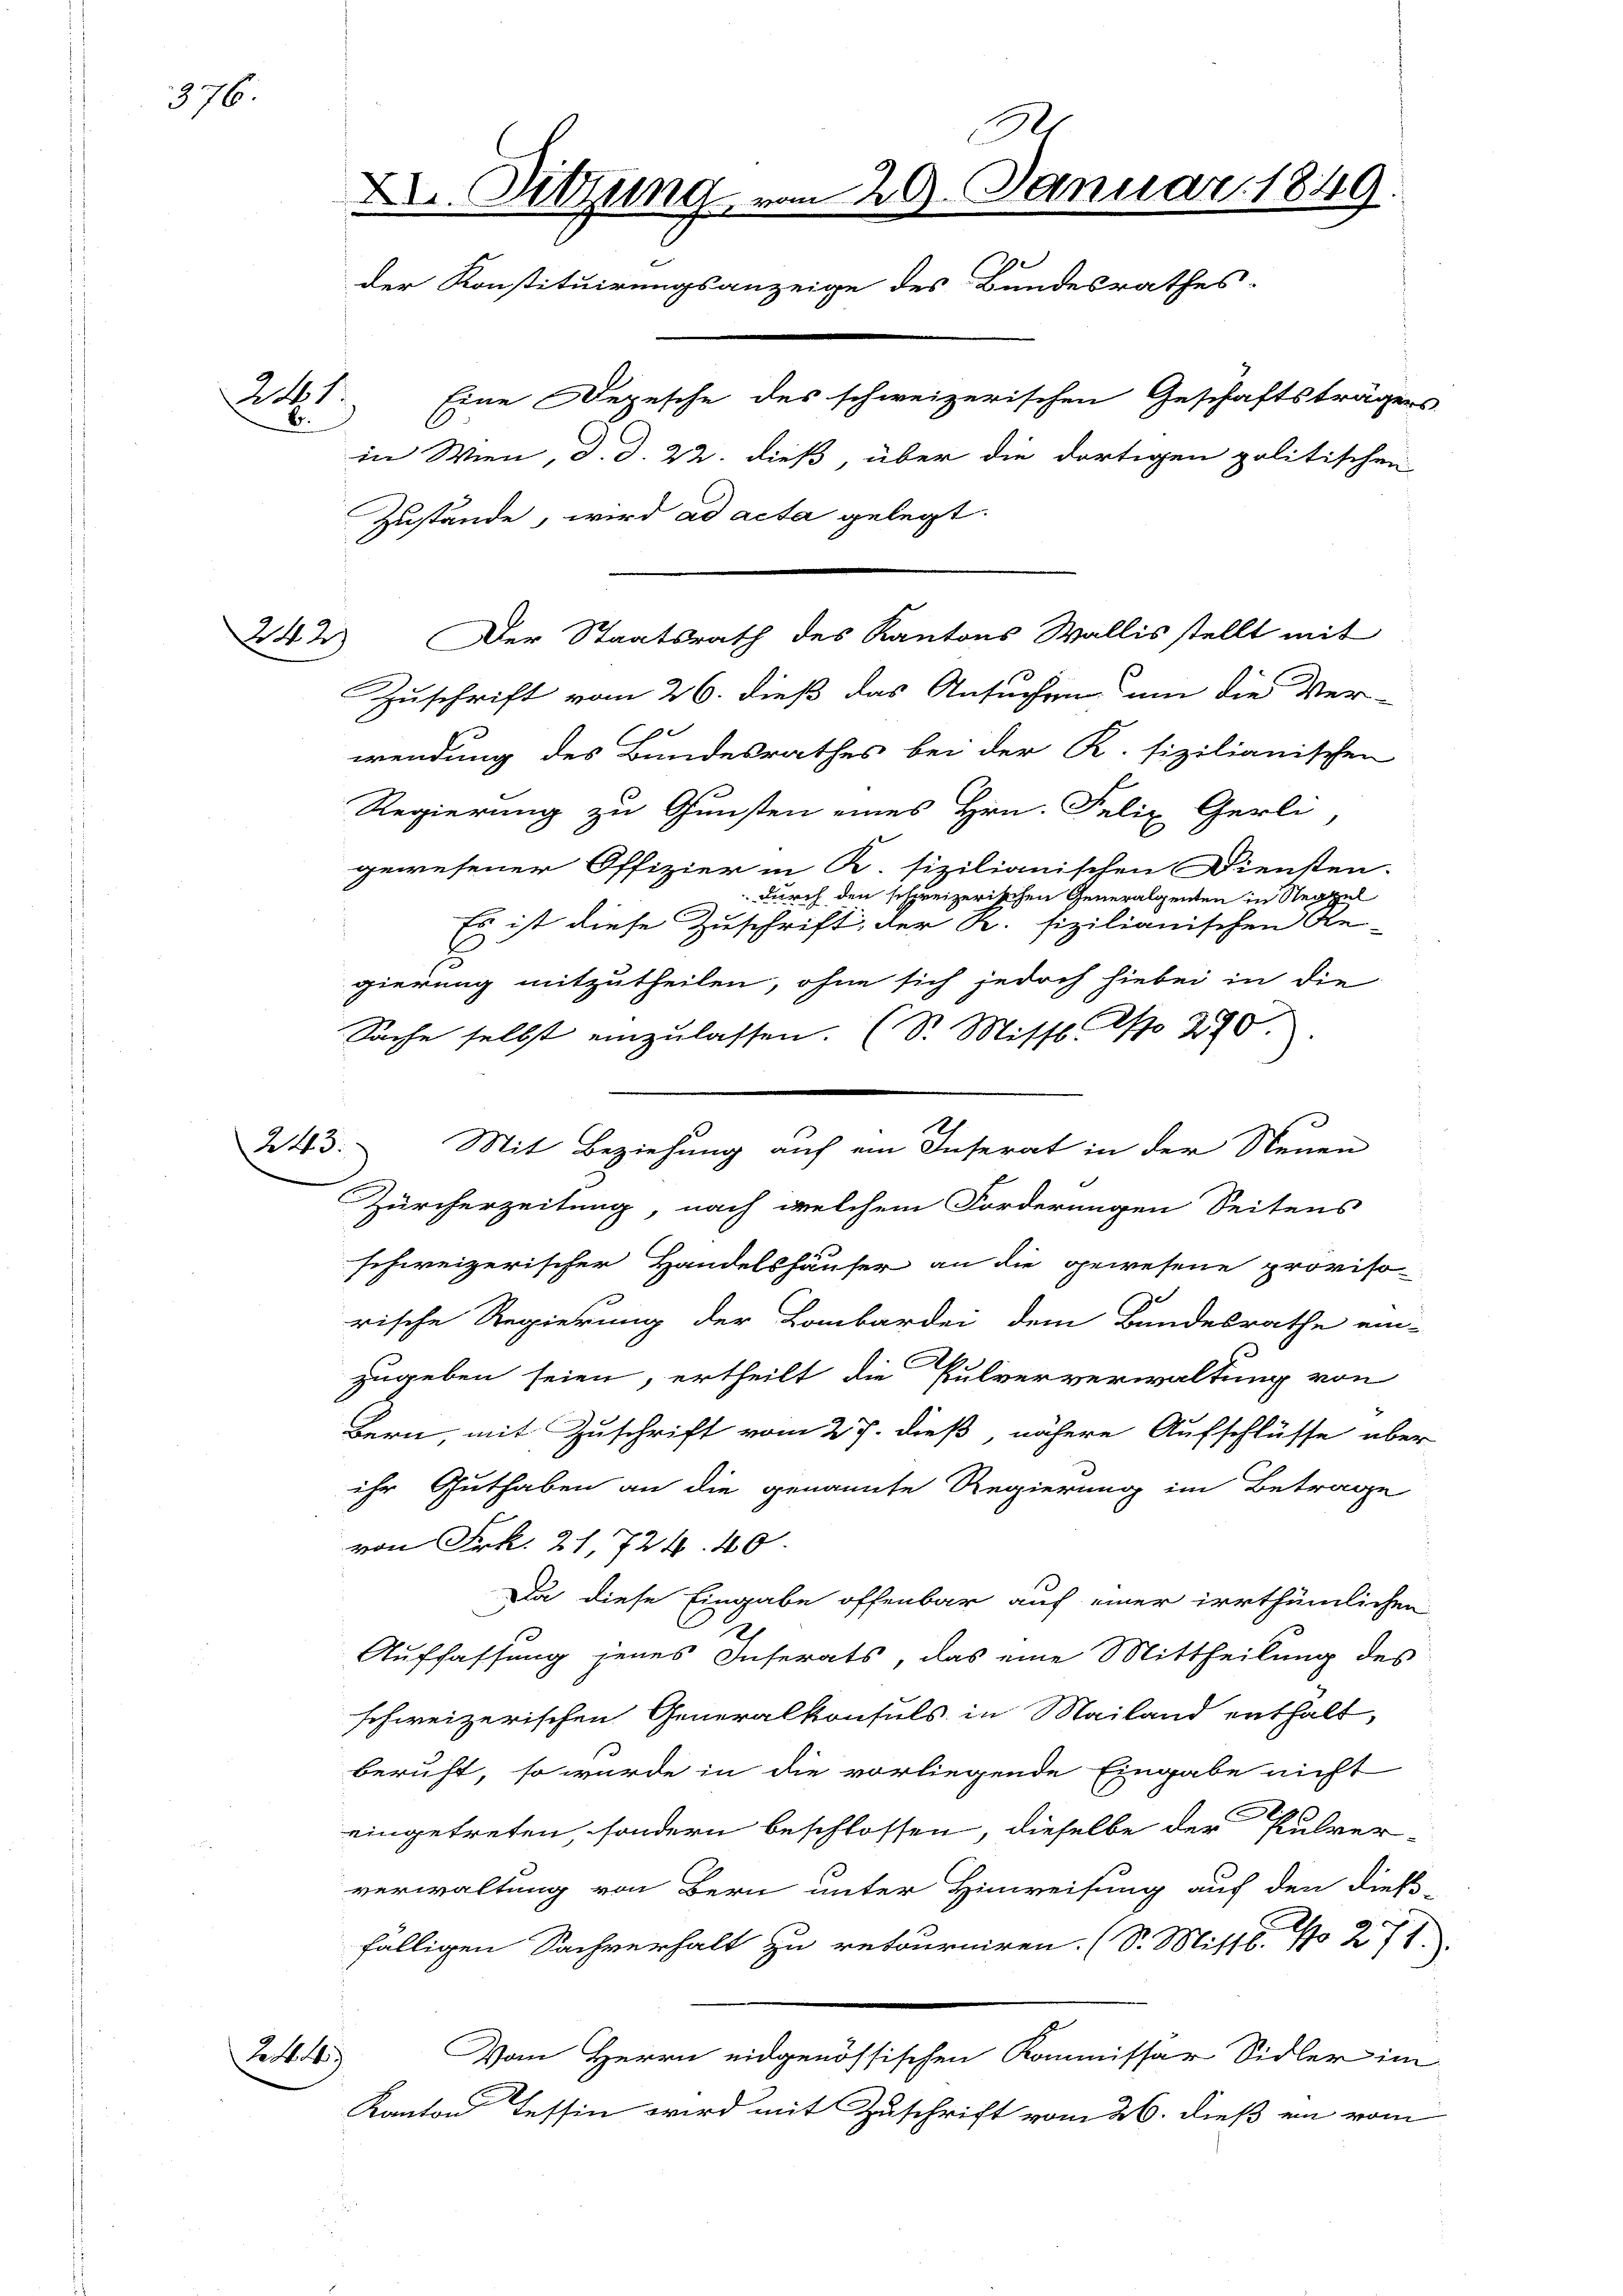
376.

241.
b

243.

L.

Zuschrift vom 26. dieß das Ansuchen um die Ver-
wendung des Bundesrathes bei der K. fizilianischen
Regierung zu Gunsten eines Hrn. Felix Gerli
gewesener Offizier in K. sizilianischen Diensten.
durch den schweizerischen Generalgenten in Ste
Es ist diese Zuschrift, der K. fizilianischen Re-
B
gierung mitzutheilen, ohne sich jedoch hiebei in die
Sache selbst einzulassen. (S. Misst. No 270.
Zürcherzeitung, nach welchem Forderungen Seitens
schweizerischer Handelshäuser an die gewesene proviso
rische Regierung der Baubardei dem Bandesrathe ein-
zugeben seien, ertheilt die Pulververwaltung von
Bern, mit Zuschrift vom 27. dieß nähere Aufschlüsse über
ihr Guthaben an die genannte Regierung im Betrage
von Frk. 21, 724. 40.
Da diese Eingabe offenbar auf einer irrthümlichen
Auffassung jenes Inserats, das eine Mittheilung des
schweizerischen Generalkonsuls in Mailand enthalt
beruft, so würde in die vorliegende Eingabe nicht
eingetreten, sondern beschlossen, dieselbe der Pulver-
verwaltung von Bern unter Hinweisung auf den dieß-
fälligen Sachverhalt zu retourniren. (S. Mittl. No 271.
Vom Herrn eidgenössischen Kommissär Sidler im
Kanton Tessin wird mit Zuschrift vom 26. dieß ein vom

Ge
X. Sitzung vom 29. Januar 1849
c
der Konstituirungsanzeige des Bundesrathes:
Eine Depesche des schweizerischen Geschäftsträgers
in Wien, d. d. 22. dieß, über die dortigen politischen
Zustände, wird ad acta gelegt.

Mit Beziehung auf ein Inserat in der Neuen

242) Der Staatsrath des Kantons Wallis stellt mit